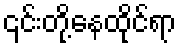
၎င်းတို့နေထိုင်ရာ